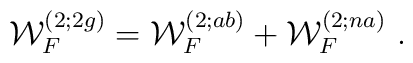
{\cal W}^{(2;2g)}_F={\cal W}^{(2;ab)}_F +{\cal W}^{(2;na)}_F \ .